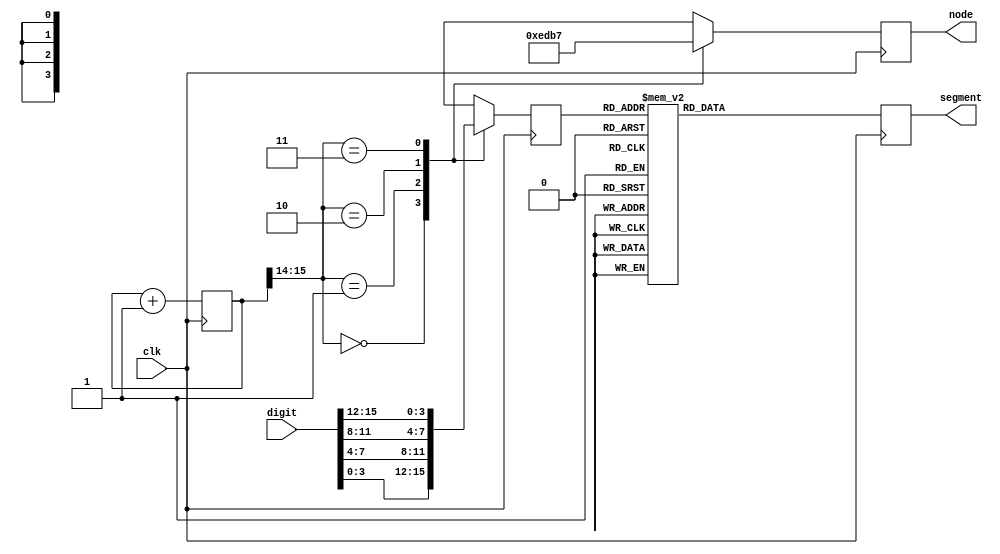
`timescale 1ns / 1ps
//////////////////////////////////////////////////////////////////////////////////
// Company:
// Engineer:
//
// Create Date:
// Design Name:
// Module Name:    display16
// Project Name:
// Target Devices:
// Tool versions:
// Description:
//
// Dependencies:
//
// Revision:
// Revision 0.01 - File Created
// Additional Comments:
//
//////////////////////////////////////////////////////////////////////////////////
`timescale 1ns / 1ps

module display16bits(
    input wire        clk,
    input wire [15:0] digit,
    output reg [ 3:0] node,
    output reg [ 7:0] segment);
    reg [3:0]  code  =  4'b0;
    reg [15:0] count = 15'b0;
    always @(posedge clk) begin
        case (count[15:14])
            2'b00 : begin
                node <= 4'b1110; 
                code <= digit[3:0];
                end
            2'b01 : begin
                node <= 4'b1101;
                code <= digit[7:4];
                end
            2'b10 : begin
                node <= 4'b1011;
                code <= digit[11:8];
                end
            2'b11 : begin
                node <= 4'b0111;
                code <= digit[15:12];
                end
        endcase
        case (code)
            4'b0000: segment <= 8'b11000000;
            4'b0001: segment <= 8'b11111001;
            4'b0010: segment <= 8'b10100100;
            4'b0011: segment <= 8'b10110000;
            4'b0100: segment <= 8'b10011001;
            4'b0101: segment <= 8'b10010010;
            4'b0110: segment <= 8'b10000010;
            4'b0111: segment <= 8'b11111000;
            4'b1000: segment <= 8'b10000000;
            4'b1001: segment <= 8'b10010000;
            4'b1010: segment <= 8'b10001000;
            4'b1011: segment <= 8'b10000011;
            4'b1100: segment <= 8'b11000110;
            4'b1101: segment <= 8'b10100001;
            4'b1110: segment <= 8'b10000110;
            4'b1111: segment <= 8'b10001110;
            default: segment <= 8'b00000000;
        endcase
        count <= count + 1;
    end
endmodule